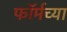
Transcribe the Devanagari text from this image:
फॉर्मच्या